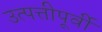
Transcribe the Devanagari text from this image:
उत्पत्तीपूर्वी